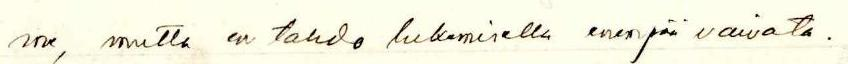
me, mutta en tahdo lukemisella enempää vaivata.